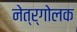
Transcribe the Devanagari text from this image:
नेत्र्गोलक